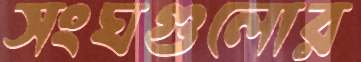
সংঘগুলোর